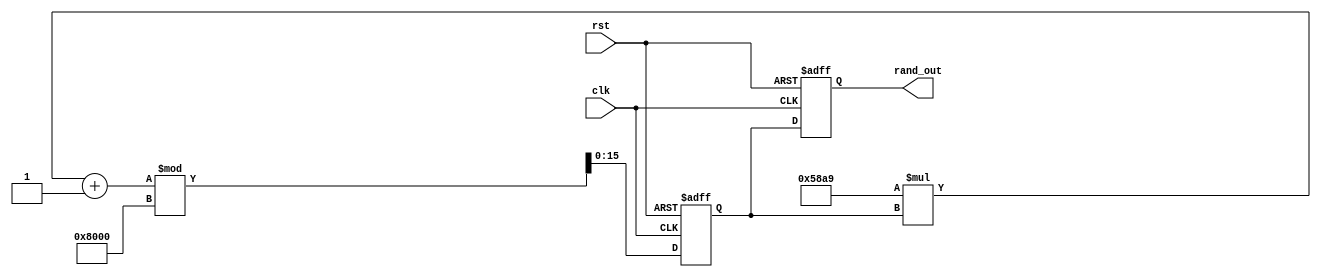
`timescale 1ns / 1ps
//////////////////////////////////////////////////////////////////////////////////
// Company: 
// Engineer: 
// 
// Design Name: 
// Module Name:    linear_congruential 
// Project Name: 
// Target Devices: 
// Tool versions: 
// Description: 
//
// Dependencies: 
//
// Revision: 
// Revision 0.01 - File Created
// Additional Comments: 
//
//////////////////////////////////////////////////////////////////////////////////
module lcg_rng (
    input wire clk,
    input wire rst,
    output reg [15:0] rand_out
);

reg [15:0] seed;

parameter A = 22697; // Multiplier
parameter C = 1;         // Increment
parameter M = 32768;     // Modulus for 16-bit (2^16)

always @(posedge clk or posedge rst) begin
    if (rst) begin
        seed <= 16'h1234; // Initial seed value
        rand_out <= 16'h0; // Reset output
    end else begin
        seed <= (A * seed + C) % M; // Linear congruential formula
        rand_out <= seed; // Output random number
    end
end

endmodule